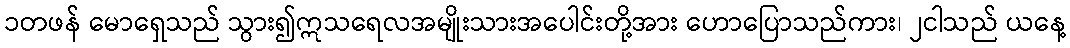
၁တဖန် မောရှေသည် သွား၍ဣသရေလအမျိုးသားအပေါင်းတို့အား ဟောပြောသည်ကား၊ ၂ငါသည် ယနေ့